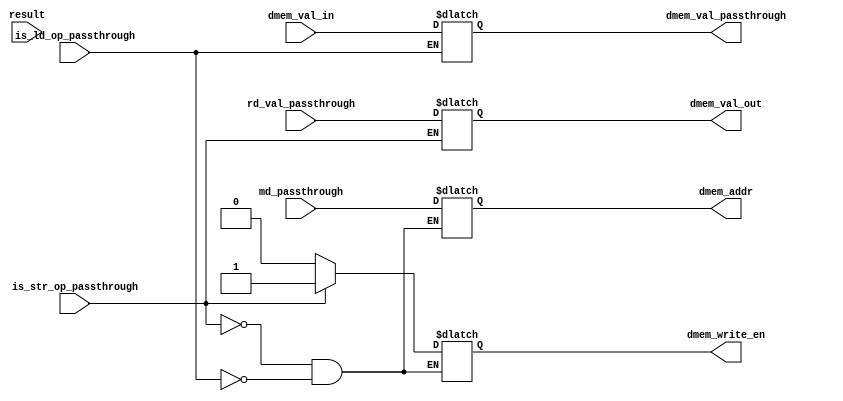
`ifndef __MEMORY_V__
`define __MEMORY_V__

// ld : mem(md) -> wb(rd_num_passthrough)
// str: exe(rd_val_passthrough) -> mem(md32)

module memory(
	input [31:0] md_passthrough, // ld, str
	input [31:0] result, // str
	input [31:0] rd_val_passthrough, // str
	output reg [31:0] dmem_val_passthrough, // to writeback // FIXME:

	input is_ld_op_passthrough,
	input is_str_op_passthrough,

	// to dataMem
	output reg [31:0] dmem_addr, // TODO: data memory size // FIXME:
	output reg dmem_write_en, // FIXME:
	output reg [31:0] dmem_val_out, // FIXME:
	input [31:0] dmem_val_in
	);

	always @ (*) begin
		if (is_ld_op_passthrough) begin
			dmem_addr <= md_passthrough;
			dmem_write_en <= 1'b0;
			dmem_val_passthrough <= dmem_val_in; // TODO: need to test if it is correct
		end
		if (is_str_op_passthrough) begin
			dmem_addr <= md_passthrough;
			dmem_val_out <= rd_val_passthrough;
			dmem_write_en <= 1'b1;
		end
	end

endmodule // memory

`endif /* __MEMORY_V__ */